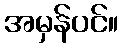
အမှန်ပင်။